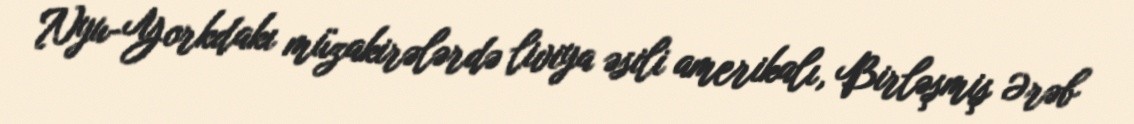
Nyu-Yorkdakı müzakirələrdə liviya əsili amerikalı, Birləşmiş Ərəb